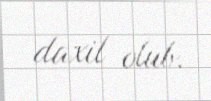
daxil olub.